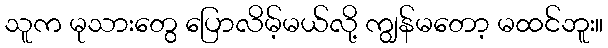
သူက မုသားတွေ ပြောလိမ့်မယ်လို့ ကျွန်မတော့ မထင်ဘူး။